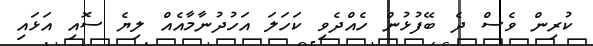
ކުރިން ވެސް ދެ ބޭފުޅުން ހެއްދެވި ކަހަލަ އަހުދުނާމާއެއް ލިޔެ ސޮއި އަޅައި